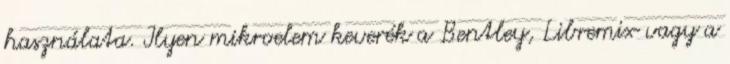
használata. Ilyen mikroelem keverék a Bentley, Libremix vagy a